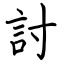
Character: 討